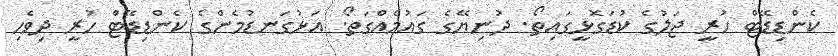
ކެންޑިޑޭޓް ހުރީ ޖަލުގެ ކުޑަގޮޅީގައިތޯ. ދުނިޔޭގެ ގައުމެއްގަތޯ. އަޅުގަނޑުމެންގެ ކެންޑިޑޭޓް ހުރީ ދިވެހި